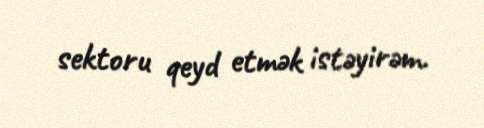
sektoru qeyd etmək istəyirəm.